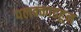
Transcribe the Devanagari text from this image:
पलक्काडहून